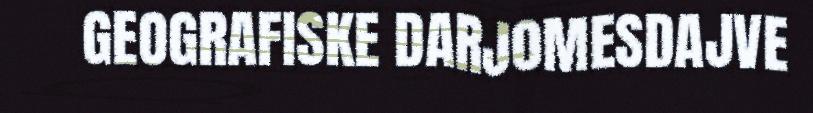
GEOGRAFISKE DARJOMESDAJVE